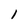
Character: l